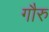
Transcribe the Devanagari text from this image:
गौरु